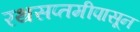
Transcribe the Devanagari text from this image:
रथसप्तमीपासून